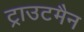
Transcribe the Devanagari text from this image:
ट्राउटमैन